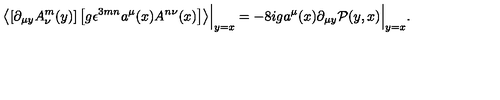
\left\langle \left[ \partial _ { \mu y } A _ { \nu } ^ { m } ( y ) \right] \left[ g \epsilon ^ { 3 m n } a ^ { \mu } ( x ) A ^ { n \nu } ( x ) \right] \right\rangle \Bigr | _ { y = x } = - 8 i g a ^ { \mu } ( x ) \partial _ { \mu y } \mathcal P ( y , x ) \Bigr | _ { y = x } .